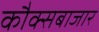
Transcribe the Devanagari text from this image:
कौक्सबाजार